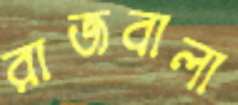
রাজবালা